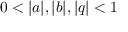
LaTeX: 0 < | a | , | b | , | q | < 1